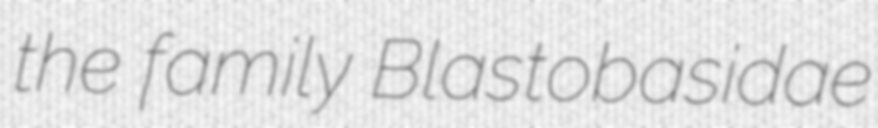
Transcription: the family Blastobasidae